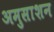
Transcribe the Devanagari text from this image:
अमुसाशन